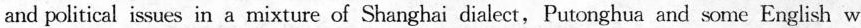
and political issues in a mixture of Shanghai dialect,Putonghua and some English w